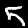
Digit: 5